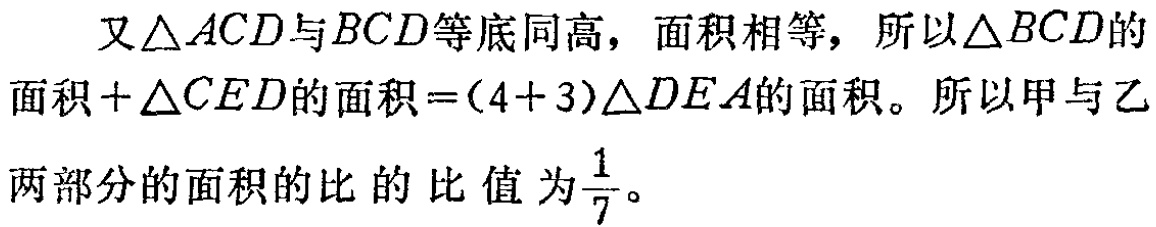
又$\triangle ACD$与$BCD$等底同高，面积相等，所以$\triangle BCD$的面积$+\triangle CED$的面积$=(4 + 3)\triangle DEA$的面积。所以甲与乙两部分的面积的比的比值为$\frac{1}{7}$。